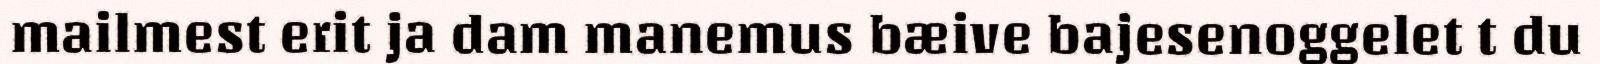
mailmest erit ja dam manemus bæive bajesenoggelet t du